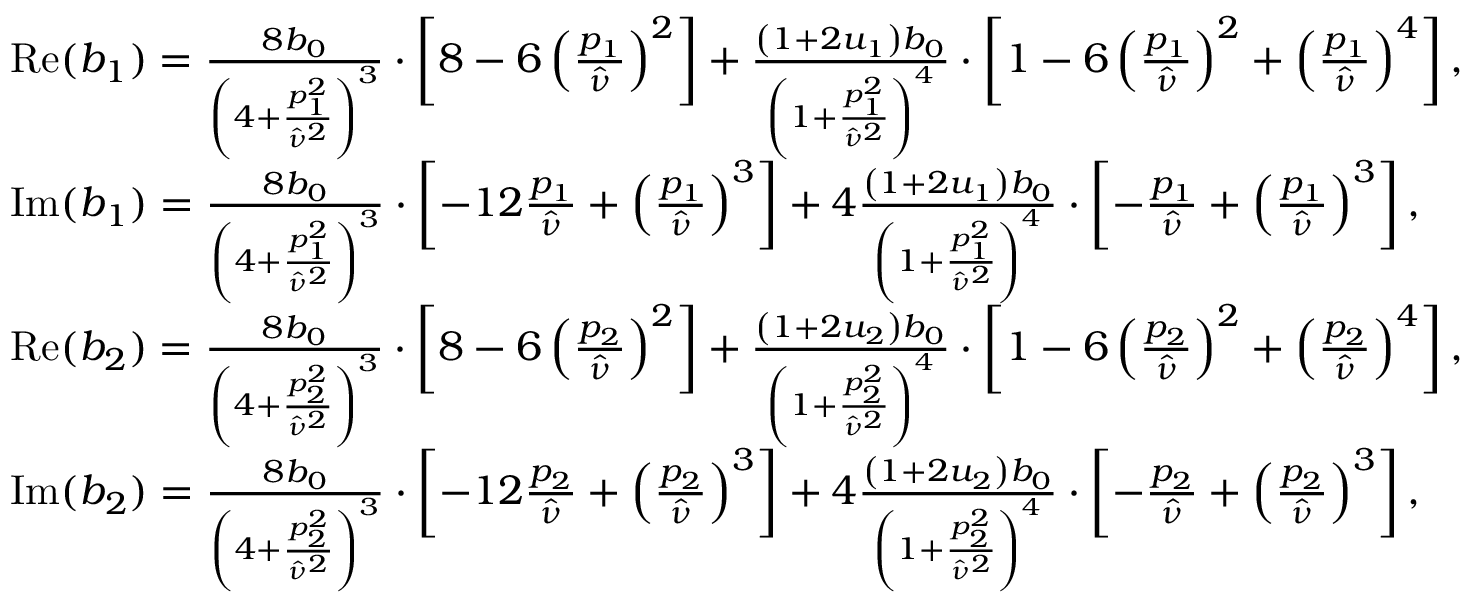
\begin{array} { r l } & { \mathrm { R e } ( b _ { 1 } ) = \frac { 8 b _ { 0 } } { \left( 4 + \frac { p _ { 1 } ^ { 2 } } { \hat { \nu } ^ { 2 } } \right) ^ { 3 } } \cdot \left[ 8 - 6 \left( \frac { p _ { 1 } } { \hat { \nu } } \right) ^ { 2 } \right] + \frac { \left( 1 + 2 u _ { 1 } \right) b _ { 0 } } { \left( 1 + \frac { p _ { 1 } ^ { 2 } } { \hat { \nu } ^ { 2 } } \right) ^ { 4 } } \cdot \left[ 1 - 6 \left( \frac { p _ { 1 } } { \hat { \nu } } \right) ^ { 2 } + \left( \frac { p _ { 1 } } { \hat { \nu } } \right) ^ { 4 } \right] , } \\ & { \mathrm { I m } ( b _ { 1 } ) = \frac { 8 b _ { 0 } } { \left( 4 + \frac { p _ { 1 } ^ { 2 } } { \hat { \nu } ^ { 2 } } \right) ^ { 3 } } \cdot \left[ - 1 2 \frac { p _ { 1 } } { \hat { \nu } } + \left( \frac { p _ { 1 } } { \hat { \nu } } \right) ^ { 3 } \right] + 4 \frac { \left( 1 + 2 u _ { 1 } \right) b _ { 0 } } { \left( 1 + \frac { p _ { 1 } ^ { 2 } } { \hat { \nu } ^ { 2 } } \right) ^ { 4 } } \cdot \left[ - \frac { p _ { 1 } } { \hat { \nu } } + \left( \frac { p _ { 1 } } { \hat { \nu } } \right) ^ { 3 } \right] , } \\ & { \mathrm { R e } ( b _ { 2 } ) = \frac { 8 b _ { 0 } } { \left( 4 + \frac { p _ { 2 } ^ { 2 } } { \hat { \nu } ^ { 2 } } \right) ^ { 3 } } \cdot \left[ 8 - 6 \left( \frac { p _ { 2 } } { \hat { \nu } } \right) ^ { 2 } \right] + \frac { \left( 1 + 2 u _ { 2 } \right) b _ { 0 } } { \left( 1 + \frac { p _ { 2 } ^ { 2 } } { \hat { \nu } ^ { 2 } } \right) ^ { 4 } } \cdot \left[ 1 - 6 \left( \frac { p _ { 2 } } { \hat { \nu } } \right) ^ { 2 } + \left( \frac { p _ { 2 } } { \hat { \nu } } \right) ^ { 4 } \right] , } \\ & { \mathrm { I m } ( b _ { 2 } ) = \frac { 8 b _ { 0 } } { \left( 4 + \frac { p _ { 2 } ^ { 2 } } { \hat { \nu } ^ { 2 } } \right) ^ { 3 } } \cdot \left[ - 1 2 \frac { p _ { 2 } } { \hat { \nu } } + \left( \frac { p _ { 2 } } { \hat { \nu } } \right) ^ { 3 } \right] + 4 \frac { \left( 1 + 2 u _ { 2 } \right) b _ { 0 } } { \left( 1 + \frac { p _ { 2 } ^ { 2 } } { \hat { \nu } ^ { 2 } } \right) ^ { 4 } } \cdot \left[ - \frac { p _ { 2 } } { \hat { \nu } } + \left( \frac { p _ { 2 } } { \hat { \nu } } \right) ^ { 3 } \right] , } \end{array}